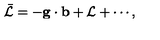
\bar { \cal L } = - { \bf g } \cdot { \bf b } + { \cal L } + \cdots ,